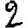
Digit: 2